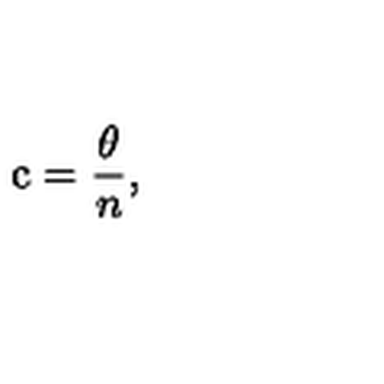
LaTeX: \mathrm { c } = \frac { \theta } { n } ,